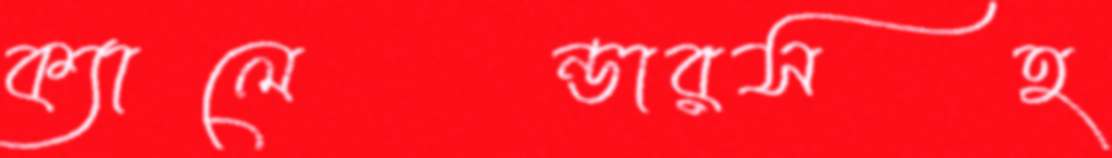
ক্যালেন্ডারসহ